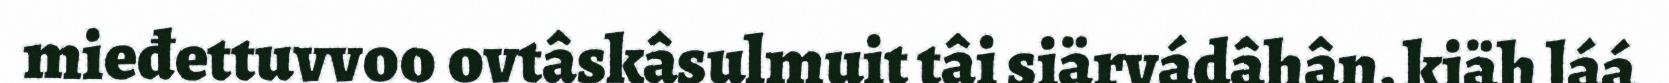
mieđettuvvoo ovtâskâsulmuit tâi siärvádâhân, kiäh láá